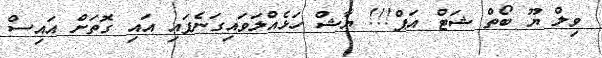
ވިލް ޔޫ ބޯތް ޝަޓް އަޕް!!! ޔާޝް ހަޅެއްލަވައިގަނެފައި އައި ގޮތަށް އައިސް